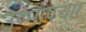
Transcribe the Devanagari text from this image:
उष्मोपचार